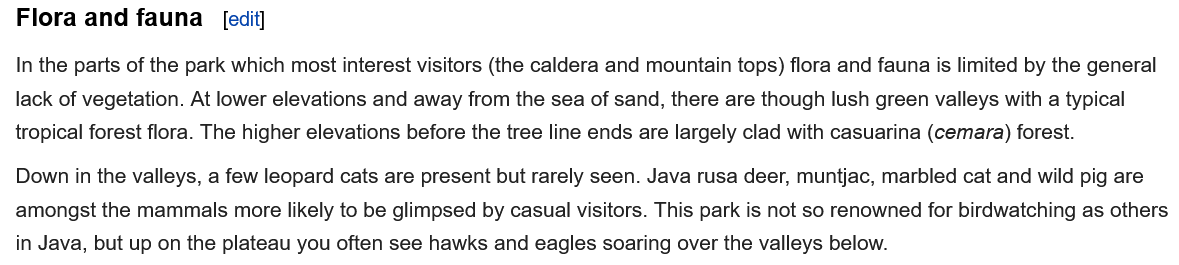
edit Flora and fauna
  In the parts of the park which most interest visitors (the caldera and mountain tops) flora and fauna is limited by the general
  lack of vegetation. At lower elevations and away from the sea of sand, there are though lush green valleys with a typical
  tropical forest flora. The higher elevations before the tree line ends are largely clad with casuarina (cemara) forest.
  Down in the valleys, a few leopard cats are present but rarely seen. Java rusa deer, muntjac, marbled cat and wild pig are
  amongst the mammals more likely to be glimpsed by casual visitors. This park is not so renowned for birdwatching as others
  in Java, but up on the plateau you often see hawks and eagles soaring over the valleys below.